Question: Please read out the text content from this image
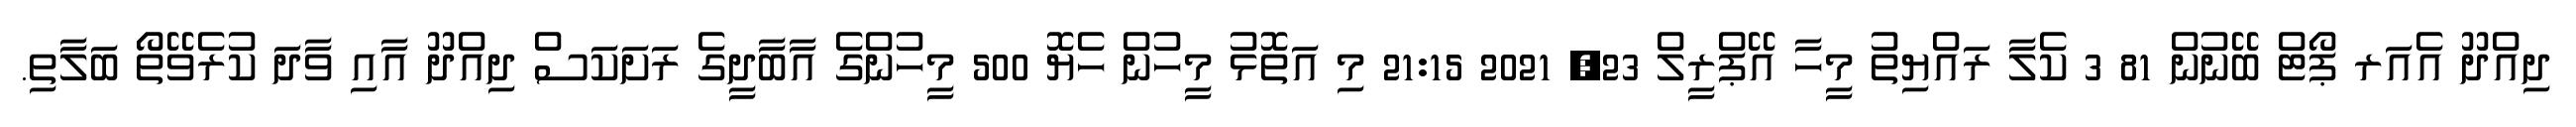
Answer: ދިއްދޫ އެއަރ ޕޯޓް ބޭނުން 81 3 ކެލާ ރައްޔިތު މީހާ އޭޕްރީލް 23, 2021 21:15 މި އަތޮޅު މީހުން ހެޔޮ 500 މީހުންގެ އާބާދީގެ ރަށަކަސް ދިއްދޫ އާއި ވާދަ ކުރެވޭތޯ ބަލާތި.